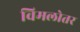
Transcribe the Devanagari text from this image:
विमलोतर